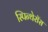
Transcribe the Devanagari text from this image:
स्पिन्थेरॉस